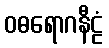
ဝဓရောဂနီဠံ